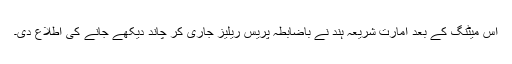
اس میٹنگ کے بعد امارت شریعہ ہند نے باضابطہ پریس ریلیز جاری کر چاند دیکھے جانے کی اطلاع دی۔